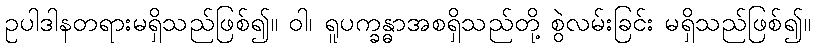
ဥပါဒါနတရားမရှိသည်ဖြစ်၍။ ဝါ၊ ရူပက္ခန္ဓာအစရှိသည်တို့ စွဲလမ်းခြင်း မရှိသည်ဖြစ်၍။